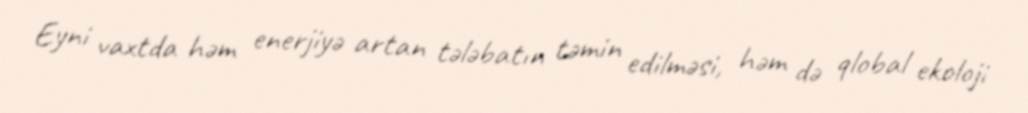
Eyni vaxtda həm enerjiyə artan tələbatın təmin edilməsi, həm də qlobal ekoloji